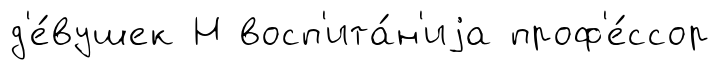
д'е́вушек Н восп'ита́н'иjа проф'е́ссор